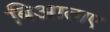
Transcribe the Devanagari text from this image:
बिआताए